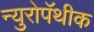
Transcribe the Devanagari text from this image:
न्युरोपॅथीक